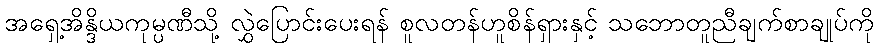
အရှေ့အိန္ဒိယကုမ္ပဏီသို့ လွှဲပြောင်းပေးရန် စူလတန်ဟူစိန်ရှားနှင့် သဘောတူညီချက်စာချုပ်ကို